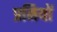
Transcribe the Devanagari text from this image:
प्रमियों